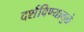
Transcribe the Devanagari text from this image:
दर्शविण्यामुळे